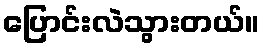
ပြောင်းလဲသွားတယ်။